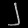
Digit: ၂